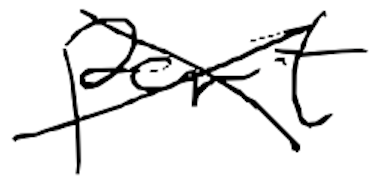
Text: part
Cross-out: cross
Writing tool: digital_black